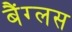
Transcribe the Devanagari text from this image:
बैंग्लस